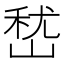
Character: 嵆